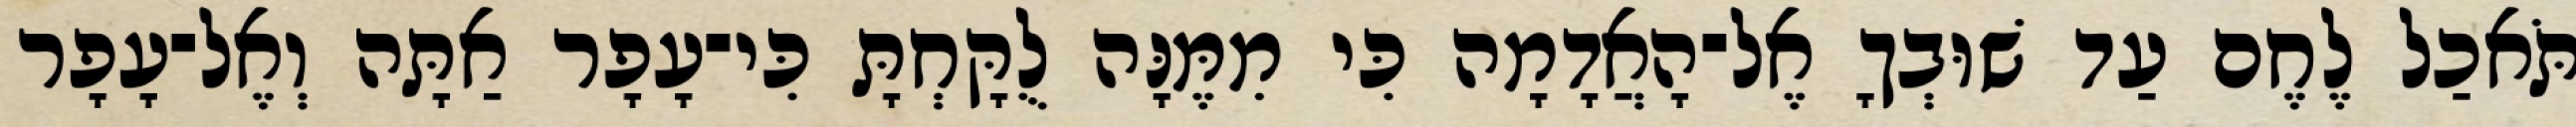
תֹּאכַל לֶחֶם עַד שׁוּבְךָ אֶל־הָאֲדָמָה כִּי מִמֶּנָּה לֻקָּחְתָּ כִּי־עָפָר אַתָּה וְאֶל־עָפָר